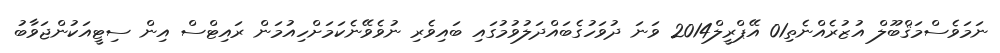
ނަމަވެސްމަޤްބޫލް އުޒުރެއްނެތި01 އޭޕްރީލް2014 ވަނަ ދުވަހުގެބައްދަލުވުމުގައި ބައިވެރި ނުވެވޭނެކަމަށްހިއުމަން ރައިޓްސް އިން ސިޓީއަކުންޖަވާބު